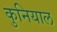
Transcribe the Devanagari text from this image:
कुनियाल